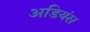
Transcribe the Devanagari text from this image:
अडियंस